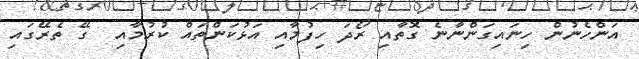
އަންހެނުން ހިނައިގަންނާނެ ގޮތާއި ރޯދަ ހިފުމާއި އަޅުކަންތައް ކުރުމާއި  ގޭ ތެރޭގައި